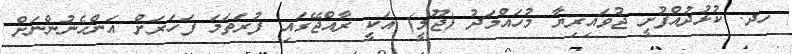
ހދ. ކުޅުދުއްފުށީ ޖުވައިރިޔާ މުހައްމަދު (ޖޫލީ) އަކީ ރާއްޖޭގައި ފުރަތަމަ ފަހަރަށް އަންހެނުންނަށް